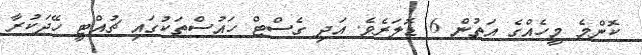
ކޮންމެ މީހެއްގެ އަތުން 6 ޑޮލަރެވެ. އަދި ގެސްޓް ހައުސްތަކުގައި ޗުއްޓީ ހޭދަކުރާ